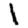
Digit: 1